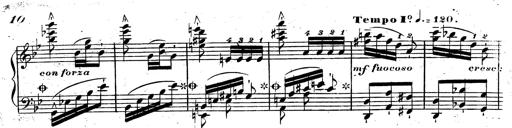
Title: Rondeau fantastique sur un thÃ¨me espagnol
Composer: Franz Liszt